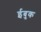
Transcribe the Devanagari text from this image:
ईबुक